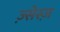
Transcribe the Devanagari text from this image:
ज़्सेस्ज़